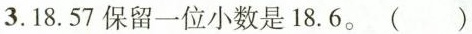
3.18.57保留一位小数是18.6。( )